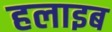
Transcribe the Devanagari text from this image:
हलाइब